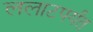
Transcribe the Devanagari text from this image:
ललाटपर्यंत